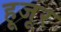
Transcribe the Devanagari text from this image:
हूजूर